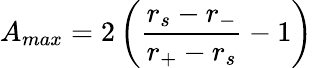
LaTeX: A_{max}=2\left(\frac{r_{s}-r_{-}}{r_{+}-r_{s}}-1\right)